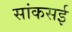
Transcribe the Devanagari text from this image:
सांकसई